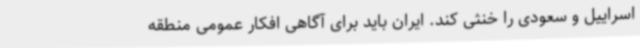
اسراییل و سعودی را خنثی کند. ایران باید برای آگاهی افکار عمومی منطقه